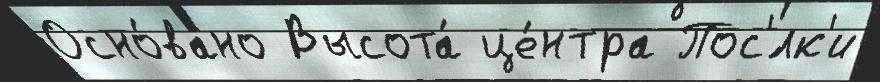
Осно́вано Высота́ це́нтра Пос'́лк'и